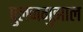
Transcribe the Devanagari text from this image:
पुलनगुझाल